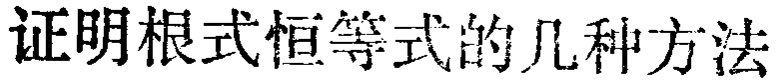
证明根式恒等式的几种方法